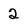
Character: 2